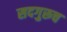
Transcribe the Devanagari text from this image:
सदगुरूच